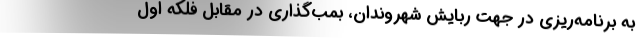
به برنامه‌ریزی در جهت ربایش شهروندان، بمب‌گذاری در مقابل فلکه اول